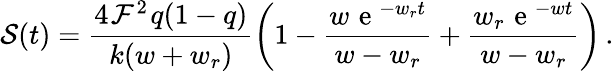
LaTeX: {\cal S}(t)=\frac{4~\! {\cal F}^{2}~\! q(1-q)}{k(w+w_{r})}\left(1-\frac{w~\! \mathrm{~e~}^{-w_{r}~\! t}}{w-w_{r}}+\frac{w_{r}~\! \mathrm{~e~}^{-w~\! t}}{w-w_{r}}\right)\, .